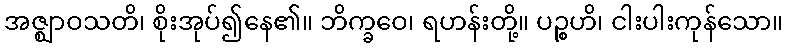
အဇ္ဈာဝသတိ၊ စိုးအုပ်၍နေ၏။ ဘိက္ခဝေ၊ ရဟန်းတို့။ ပဉ္စဟိ၊ ငါးပါးကုန်သော။